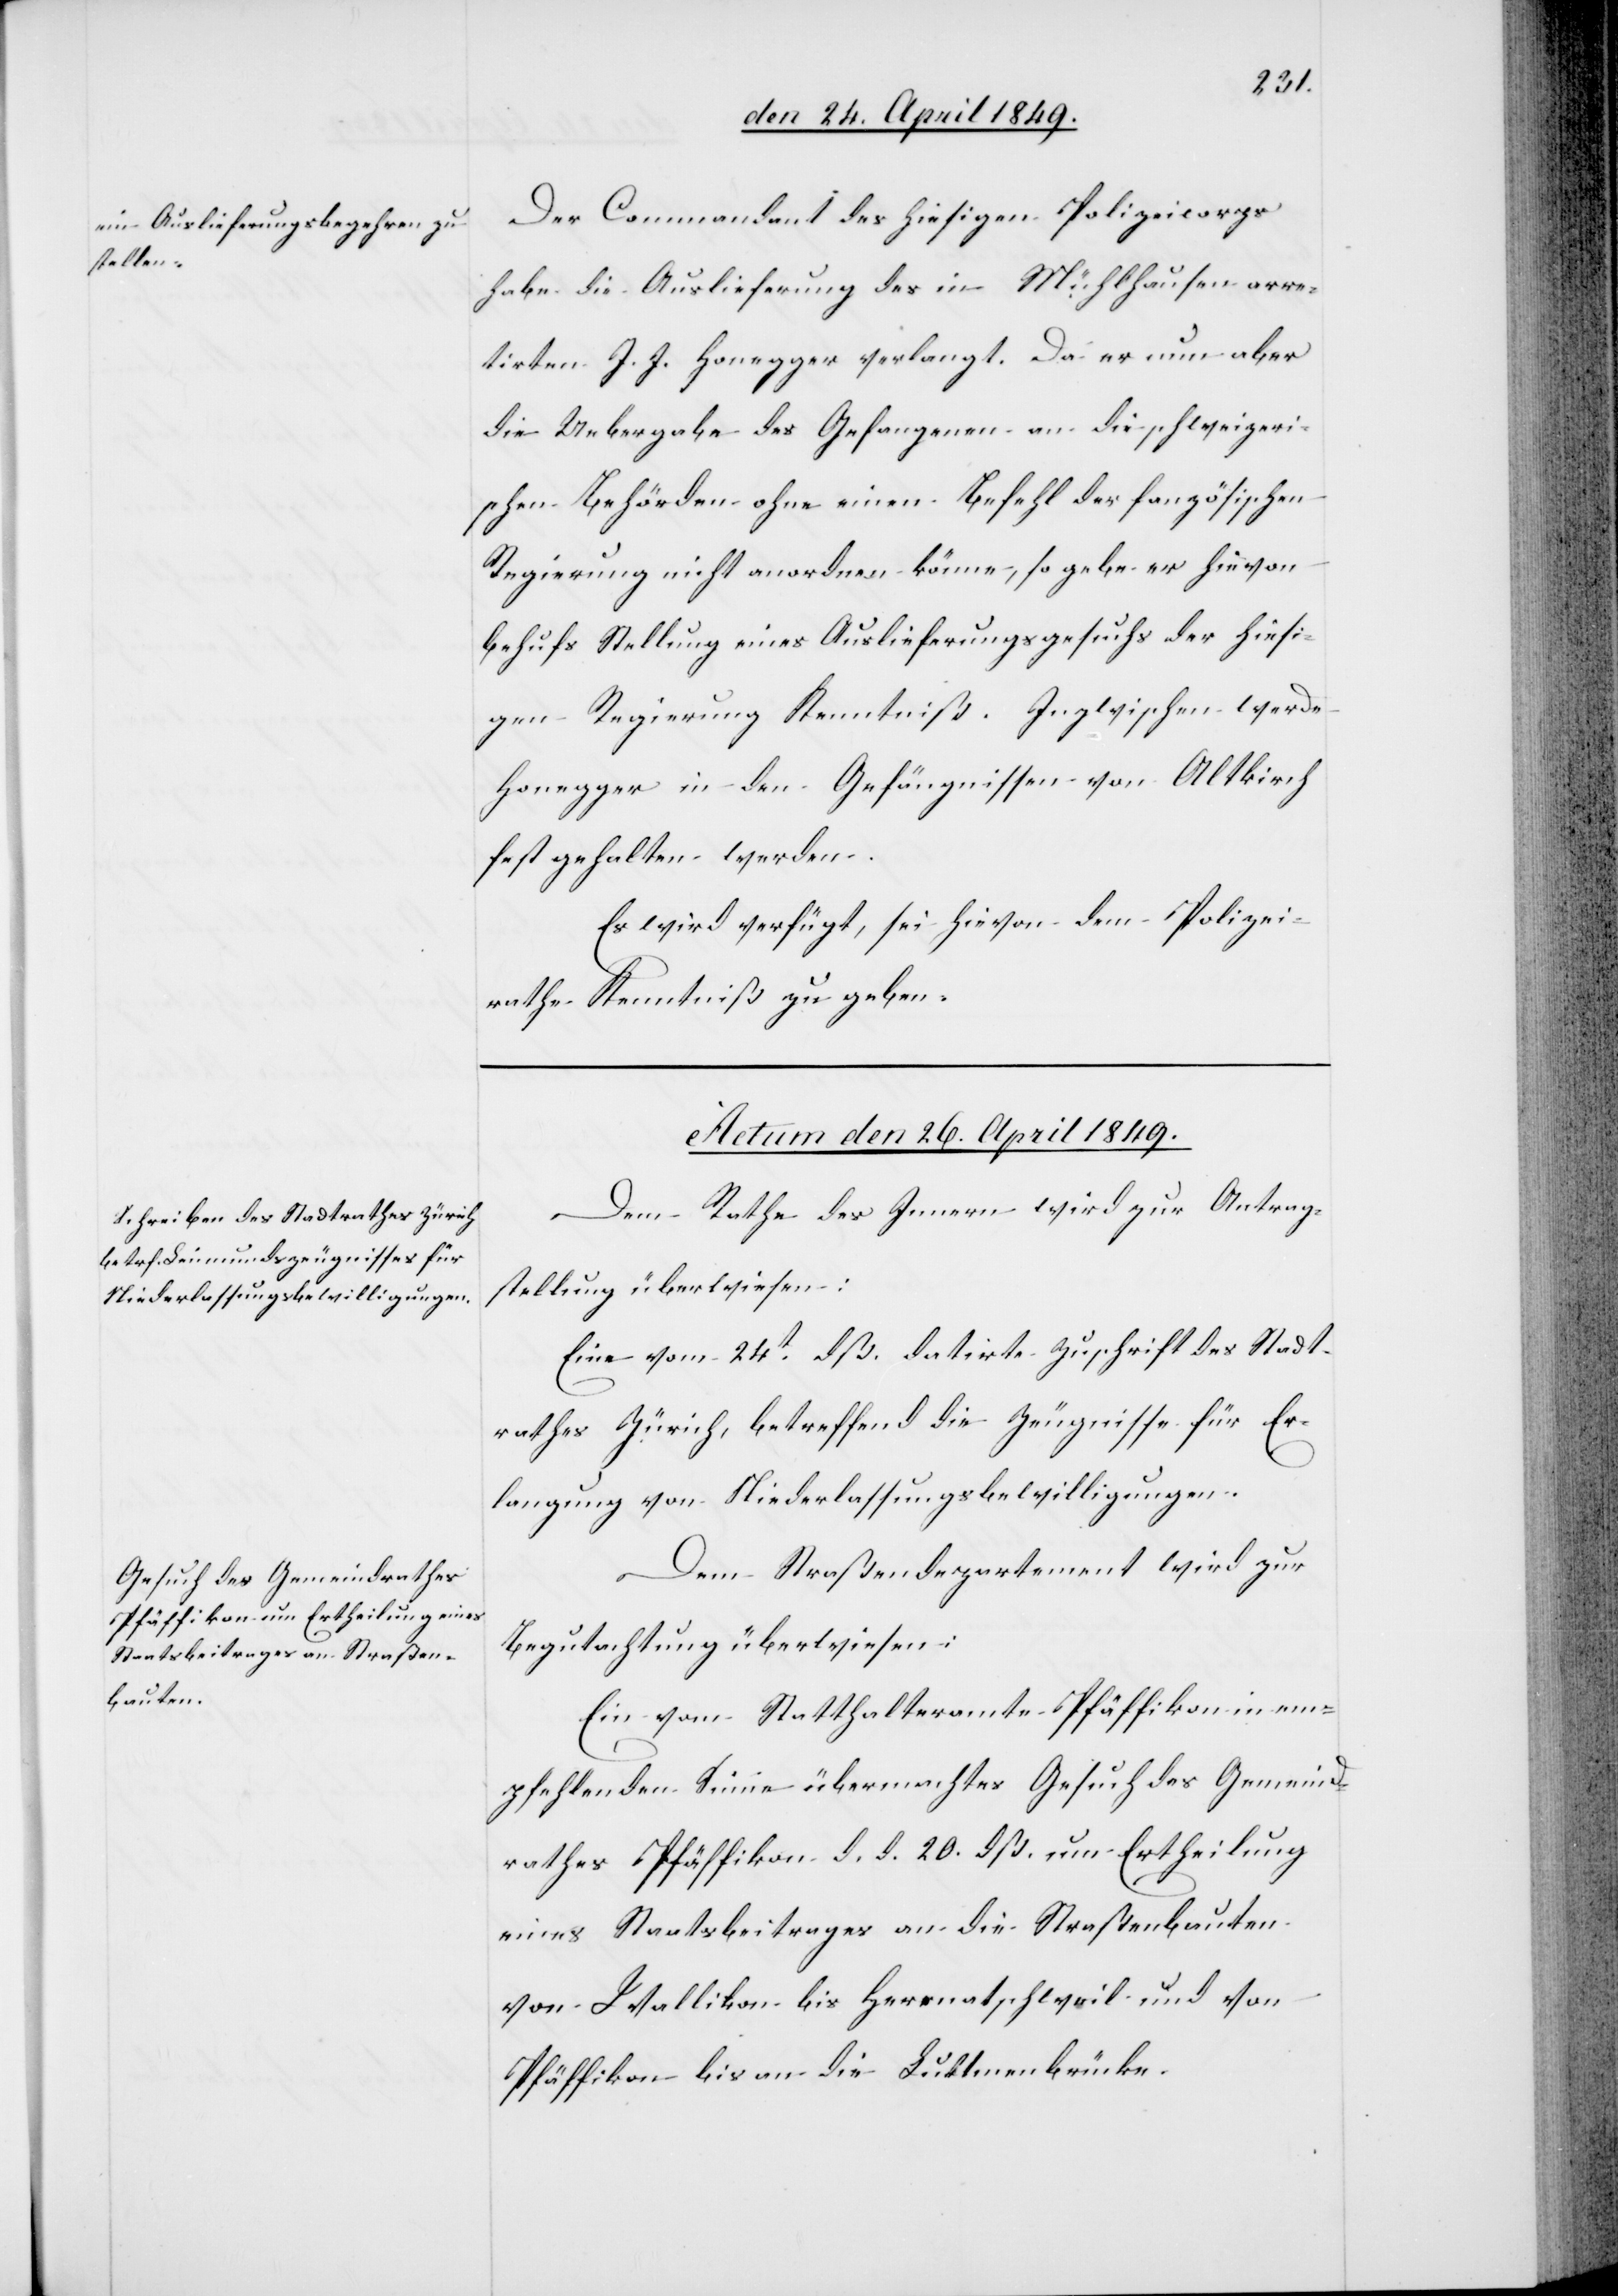
Der Commandant des hiesigen Polizeicorps
habe die Auslieferung des in Mühlhausen arre¬
tirten J. J. Honegger verlangt. Da er nun aber
die Uebergabe des Gefangenen an die schweizeri¬
schen Behörden ohne einen Befehl der französischen
Regierung nicht anordnen könne, so gebe er hievon
behufs Stellung eines Auslieferungsgesuchs der hiesi¬
gen Regierung Kenntniß. Inzwischen werde
Honegger in den Gefängnissen von Altkirch
festgehalten werden.
Es wird verfügt, sei hievon dem Polizei¬
rathe Kenntniß zu geben.
Actum den 26. April 1849.]
Dem Rathe des Innern wird zur Antrag¬
stellung überwiesen:
Eine vom 24t dß. datirte Zuschrift des Stadt¬
rathes Zürich, betreffend die Zeugnisse für Er¬
langung von Niederlassungsbewilligungen.
Dem Straßendepartemente wird zur
Begutachtung überwiesen:
Ein vom Statthalteramte Pfäffikon in em¬
pfehlenden Sinne übermachtes Gesuch des Gemeind¬
rathes Pfäffikon d. d. 20. dß. um Ertheilung
eines Staatsbeitrages an die Straßenbauten
von Wallikon bis Hermatschweil und von
Pfäffikon bis an die Luttmenbrücke.